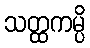
သတ္ထကမ္ပိ